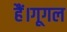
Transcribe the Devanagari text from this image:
हैं।गूगल